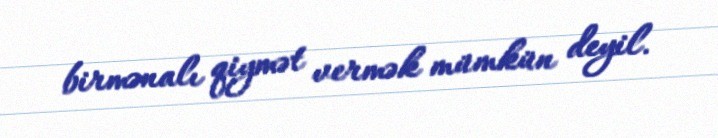
birmənalı qiymət vermək mümkün deyil.